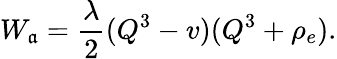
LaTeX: W_{\mathfrak{a}}=\frac{{\lambda}}{{2}}(Q^{3}-v)(Q^{3}+\rho_{e}).